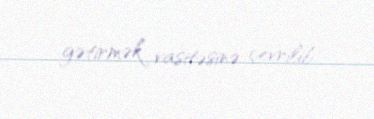
gətirmək vasitəsinə çevrilib.